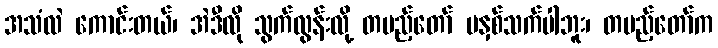
အသံလဲ ကောင်းတယ်၊ အဲဒီလို သွက်လွန်းလို့ တပည့်တော် မနှစ်သက်ပါဘူး၊ တပည့်တော်က